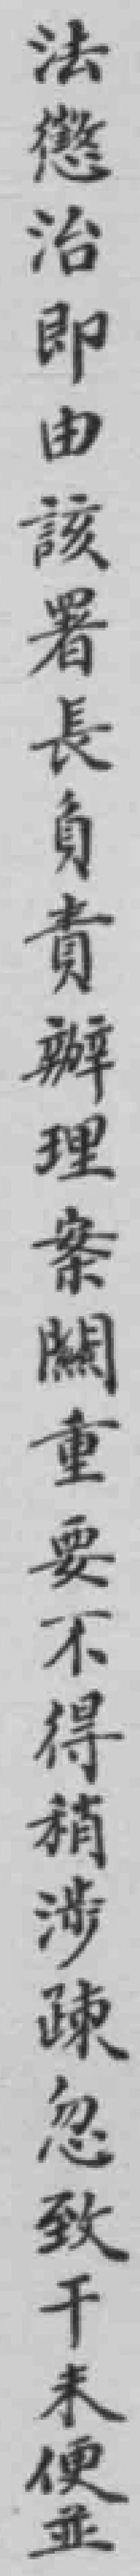
法懲治即由該署長負責辦理案闗重要不得稍涉疎忽致干未便並